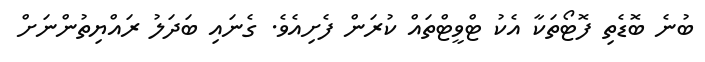
ބުނެ ބޮޑެތި ފޮޓޯތަކާ އެކު ޓްވީޓްތައް ކުރަން ފެށިއެވެ. ގެނައި ބަދަލު ރައްޔިތުންނަށް